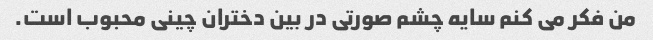
من فکر می کنم سایه چشم صورتی در بین دختران چینی محبوب است.